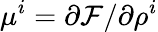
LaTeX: \mu^{i}=\partial\mathcal F/\partial\rho^{i}